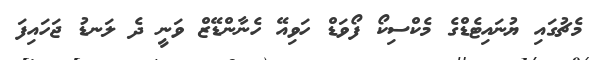
މެޗުގައި ޔުނައިޓެޑްގެ މެކްސިކޯ ފޯވަޑް ހަވިއޭ ހެނާންޑޭޒް ވަނީ ދެ ލަނޑު ޖަހައިފަ